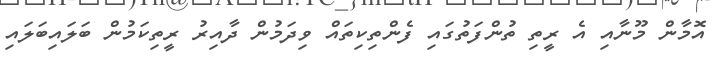
އޮމާން މޫނާއި އެ ރީތި ތުންފަތުގައި ފެންތިކިތައް ވިދަމުން ދާއިރު ރީތިކަމުން ބަލައިބަލައި